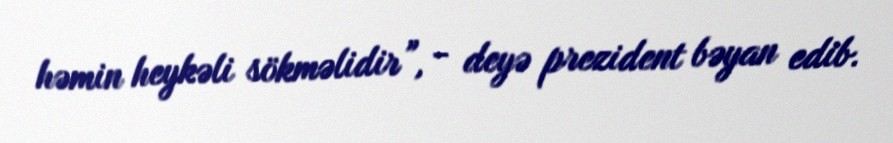
həmin heykəli sökməlidir”, - deyə prezident bəyan edib.